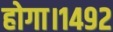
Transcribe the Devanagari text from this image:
होगा।१४९२